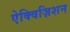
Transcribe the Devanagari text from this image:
ऐक्विज़िशन